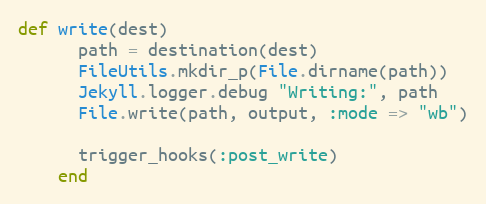
Language: Ruby
def write(dest)
      path = destination(dest)
      FileUtils.mkdir_p(File.dirname(path))
      Jekyll.logger.debug "Writing:", path
      File.write(path, output, :mode => "wb")

      trigger_hooks(:post_write)
    end